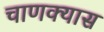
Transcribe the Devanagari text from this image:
चाणक्यास